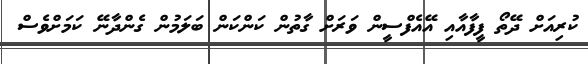
ކުރިއަށް ދޭތޯ ފީފާއާއި އޭއެފްސީން ވަރަށް ގާތުން ކަންކަން ބަލަމުން ގެންދާނޭ ކަމަށްވެސް